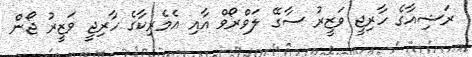
ރަޝިއާގެ ހާރިޖީ ވަޒީރު ސާގޭ ލަވްރޯވް އާއި އެމެރިކާގެ ހާރިޖީ ވަޒީރު ޖޯން